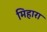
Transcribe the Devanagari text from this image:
मिहारा